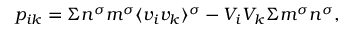
p _ { i k } = \Sigma n ^ { \sigma } m ^ { \sigma } \langle v _ { i } v _ { k } \rangle ^ { \sigma } - V _ { i } V _ { k } \Sigma m ^ { \sigma } n ^ { \sigma } ,